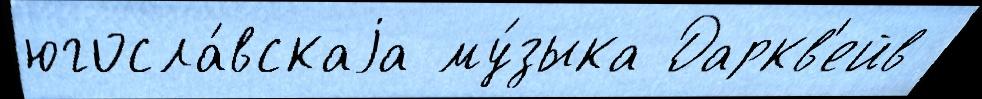
югосла́вскаjа му́зыка Даркв'ейв